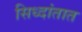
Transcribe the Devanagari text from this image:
सिध्दांतात